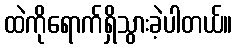
ထဲကိုရောက်ရှိသွားခဲ့ပါတယ်။